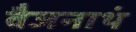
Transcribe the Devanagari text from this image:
वैजनाथं